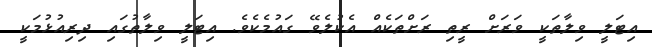
އިޓަލީ ވިލާތަކީ ވަރަށް ރީތި ރަށްތަކެއް އެކުލެވޭ ގައުމެކެވެ. އިޓަލީ ވިލާތުގައި ދިރިއުޅުމަކީ